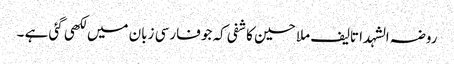
روضہ الشہدا تالیف ملا حسین کاشفی کہ جو فارسی زبان میں لکھی گئی ہے ۔